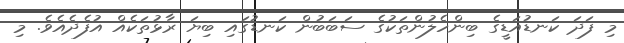
މި ފަދަ ކަނޑުއަޑީގެ ބިންހެލުންތަކުގެ ސަބަބުން ކަނޑުގައި ބިޔަ ރާޅުތަކެއް އުފެދެއެވެ. މި